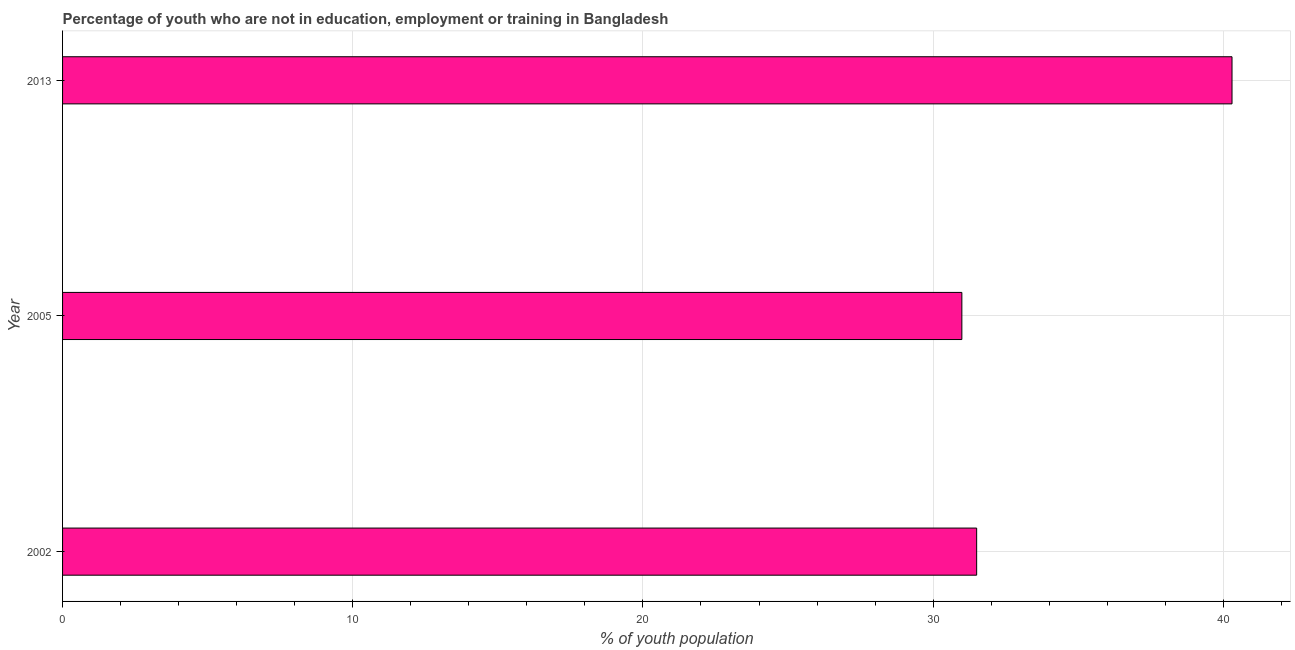
| Year | Unemployed youth |
 | --- | --- |
 | 2002 | 31.5 |
 | 2005 | 31 |
 | 2013 | 40.3 |